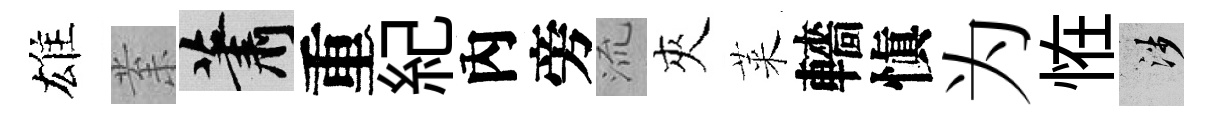
雄𭪙蕭重紀內旁𣴑夾萊轖愼为恠涉